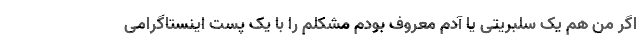
اگر من هم یک سلبریتی یا آدم معروف بودم مشکلم را با یک پست اینستاگرامی